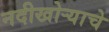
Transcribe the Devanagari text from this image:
नदीखोऱ्याचे